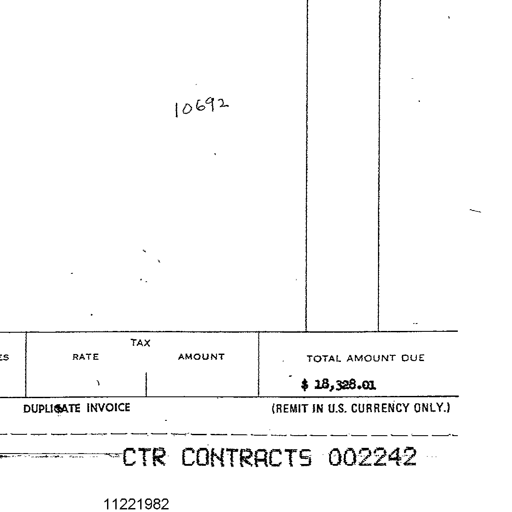
10692
TAX
RATE AMOUNT TOTAL AMOUNT DUE
$ 18,328.01
DUPLICATE INVOICE (REMIT IN U.S. CURRENCY ONLY.)
CTR CONTRACTS 002242
11221982